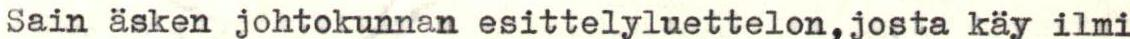
Sain äsken johtokunnan esittelyluettelon,josta käy ilmi